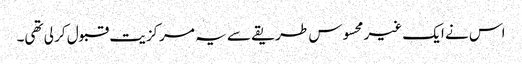
اس نے ایک غیر محسوس طریقے سے یہ مرکزیت قبول کر لی تھی۔